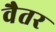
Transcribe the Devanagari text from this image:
वैतर